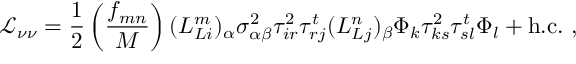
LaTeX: { \mathcal { L } } _ { \nu \nu } = { \frac { 1 } { 2 } } \left( \frac { f _ { m n } } { M } \right) ( L _ { L i } ^ { m } ) _ { \alpha } \sigma _ { \alpha \beta } ^ { 2 } \tau _ { i r } ^ { 2 } \tau _ { r j } ^ { t } ( L _ { L j } ^ { n } ) _ { \beta } \Phi _ { k } \tau _ { k s } ^ { 2 } \tau _ { s l } ^ { t } \Phi _ { l } + \mathrm { h . c . } ~ ,